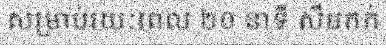
សម្រាប់រយៈពេល ២០ នាទី សឹមកក់